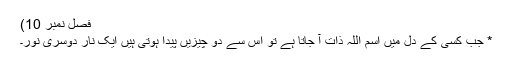
فصل نمبر 10)
* جب کسی کے دل میں اسمِ اللہ ذات آ جاتا ہے تو اس سے دو چیزیں پیدا ہوتی ہیں ایک نار دوسری نور۔